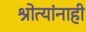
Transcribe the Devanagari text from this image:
श्रोत्यांनाही